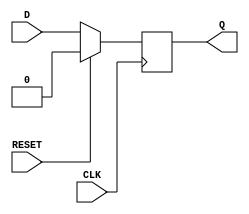
module synchronous_register (
    input wire D,          // Data input
    input wire CLK,        // Clock input
    input wire RESET,      // Reset input (active high)
    output reg Q           // Data output
);

// Synchronous process
always @(posedge CLK) begin
    if (RESET) begin
        Q <= 1'b0;        // Clear the register to 0 on reset
    end else begin
        Q <= D;           // Capture the input data on the rising edge of the clock
    end
end

endmodule